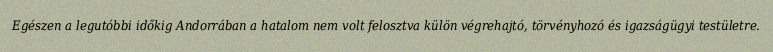
Egészen a legutóbbi időkig Andorrában a hatalom nem volt felosztva külön végrehajtó, törvényhozó és igazságügyi testületre.